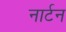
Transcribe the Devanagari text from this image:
नार्टन